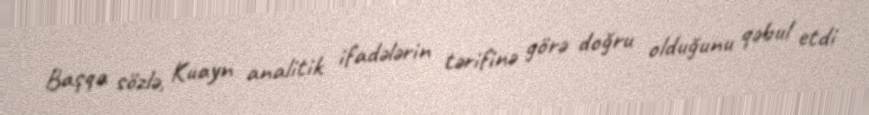
Başqa sözlə, Kuayn analitik ifadələrin tərifinə görə doğru olduğunu qəbul etdi